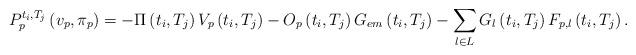
LaTeX: \begin{align*}P_{p}^{t_{i},T_{j}}\left(v_{p},\pi_{p}\right)=-\Pi\left(t_{i},T_{j}\right)V_{p}\left(t_{i},T_{j}\right)-O_{p}\left(t_{i},T_{j}\right)G_{em}\left(t_{i},T_{j}\right)-\sum_{l\in L}G_{l}\left(t_{i},T_{j}\right)F_{p,l}\left(t_{i},T_{j}\right).\end{align*}